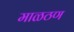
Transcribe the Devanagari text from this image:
माळठण